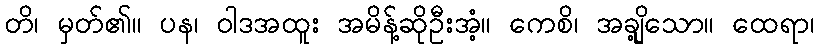
တိ၊ မှတ်၏။ ပန၊ ဝါဒအထူး အမိန့်ဆိုဦးအံ့။ ကေစိ၊ အချို့သော။ ထေရာ၊